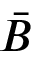
\bar { B }